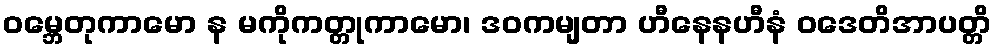
ဝမ္ဘေတုကာမော န မကိုကတ္တုကာမော၊ ဒဝကမျတာ ဟီနေနဟီနံ ဝဒေတိအာပတ္တိ